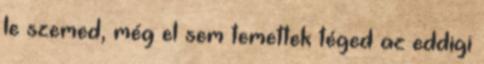
le szemed, még el sem temettek téged az eddigi